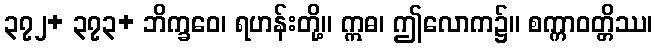
၃၇၂+ ၃၇၃+ ဘိက္ခဝေ၊ ရဟန်းတို့။ ဣဓ၊ ဤလောက၌။ စက္ကာဝတ္တိဿ၊